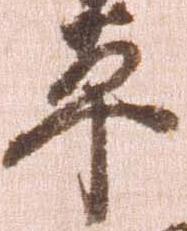
平